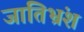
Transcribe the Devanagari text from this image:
जातिभ्रंश